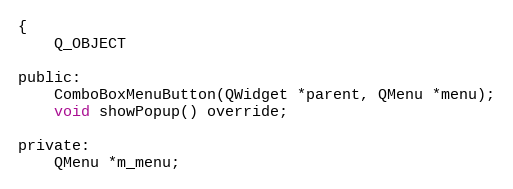
Language: C
{
    Q_OBJECT

public:
    ComboBoxMenuButton(QWidget *parent, QMenu *menu);
    void showPopup() override;

private:
    QMenu *m_menu;